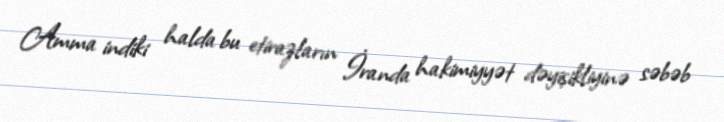
Amma indiki halda bu etirazların İranda hakimiyyət dəyişikliyinə səbəb